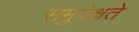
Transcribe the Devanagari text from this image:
समुपेक्षते